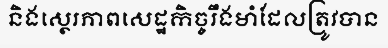
និងស្ថេរភាពសេដ្ឋកិច្ចរឹងមាំដែលត្រូវបាន